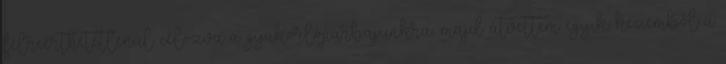
félreérthetetlenül célozva a gyakorlópárbajunkra, majd átvettem egyik kezemből a